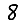
Digit: 8